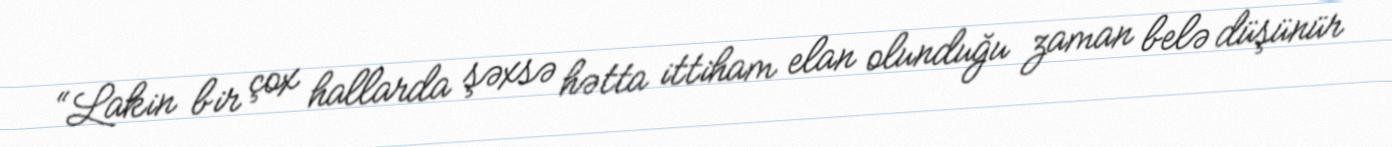
“Lakin bir çox hallarda şəxsə hətta ittiham elan olunduğu zaman belə düşünür